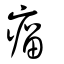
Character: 瘤